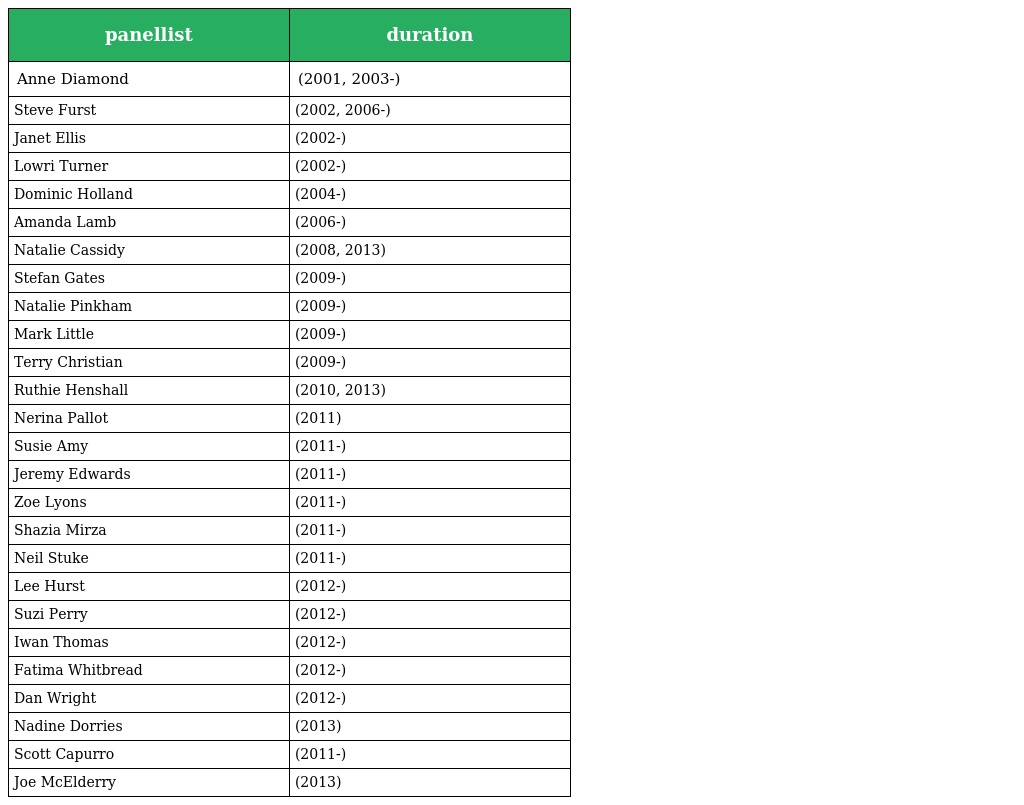
| panellist | duration |
 | --- | --- |
 | Anne Diamond | (2001, 2003-) |
 | Steve Furst | (2002, 2006-) |
 | Janet Ellis | (2002-) |
 | Lowri Turner | (2002-) |
 | Dominic Holland | (2004-) |
 | Amanda Lamb | (2006-) |
 | Natalie Cassidy | (2008, 2013) |
 | Stefan Gates | (2009-) |
 | Natalie Pinkham | (2009-) |
 | Mark Little | (2009-) |
 | Terry Christian | (2009-) |
 | Ruthie Henshall | (2010, 2013) |
 | Nerina Pallot | (2011) |
 | Susie Amy | (2011-) |
 | Jeremy Edwards | (2011-) |
 | Zoe Lyons | (2011-) |
 | Shazia Mirza | (2011-) |
 | Neil Stuke | (2011-) |
 | Lee Hurst | (2012-) |
 | Suzi Perry | (2012-) |
 | Iwan Thomas | (2012-) |
 | Fatima Whitbread | (2012-) |
 | Dan Wright | (2012-) |
 | Nadine Dorries | (2013) |
 | Scott Capurro | (2011-) |
 | Joe McElderry | (2013) |